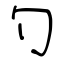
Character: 勺